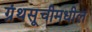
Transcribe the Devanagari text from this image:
ग्रंथसूचीमधील